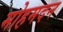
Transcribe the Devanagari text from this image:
मोहमदन